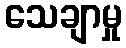
သေချာမှု